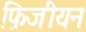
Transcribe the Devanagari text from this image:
फ़िजीयन